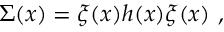
\Sigma ( x ) = \xi ( x ) h ( x ) \xi ( x ) \ ,